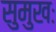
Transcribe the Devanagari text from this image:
सुमुखः